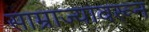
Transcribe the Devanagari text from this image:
साम्राज्यावरून